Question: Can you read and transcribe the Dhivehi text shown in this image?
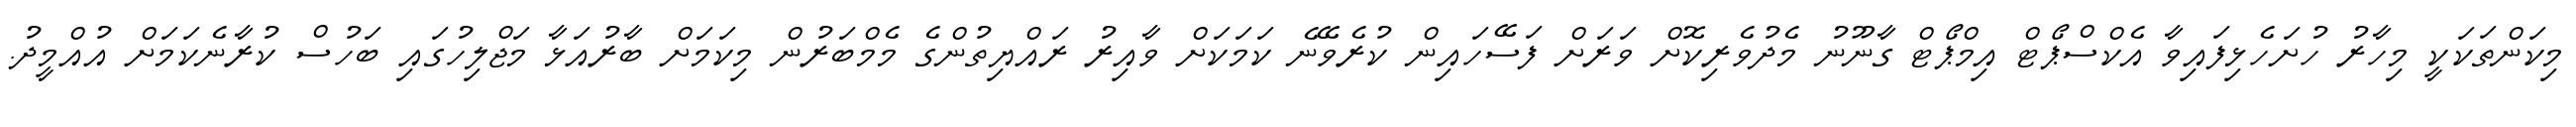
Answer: މިކަންތަކަކީ މިހާރު ހުށަހެޅިފައިވާ އެކްސްޕޯޓް އިމްޕޯޓް ގާނޫނު މެދުވެރިކޮށް ވަރަށް ފަސޭހައިން ކުރެވޭނެ ކަމަކަށް ވާއިރު ރައްޔިތުންގެ މެމްބަރުން މިކަމަށް ބާރުއަޅާ މަޖްލިހުގައި ބަހުސް ކުރާނެކަމަށް އުއްމީދު.